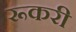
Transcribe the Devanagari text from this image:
रूकरी